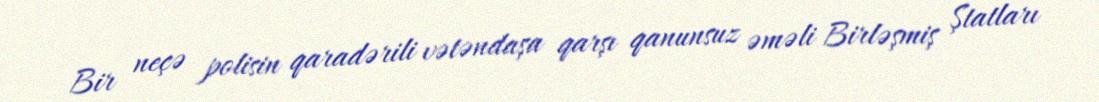
Bir neçə polisin qaradərili vətəndaşa qarşı qanunsuz əməli Birləşmiş Ştatları